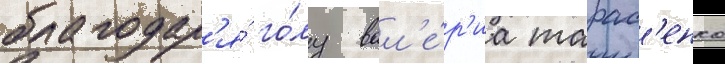
благодар'я́ го́лу вал'е́р'иа тарас'енко